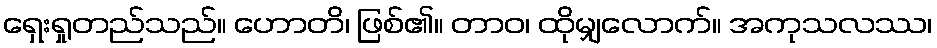
ရှေးရှုတည်သည်။ ဟောတိ၊ ဖြစ်၏။ တာဝ၊ ထိုမျှလောက်။ အကုသလဿ၊